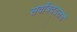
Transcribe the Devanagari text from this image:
सर्वांबद्दलचं